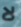
لا